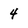
Character: 4